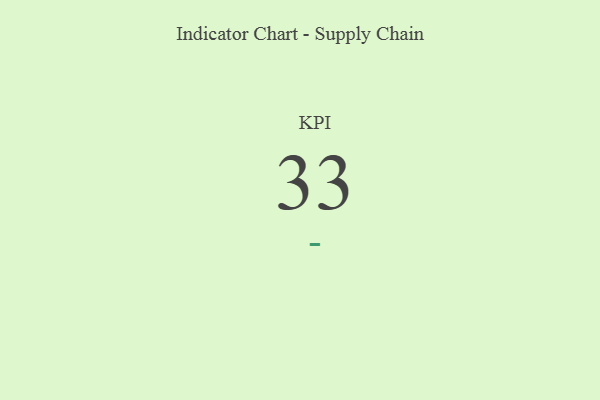
{"axis": {"x": "KPI", "y": "Value"}, "legend": [""], "data": [{"x": "KPI", "y": 33, "type": ""}]}